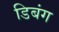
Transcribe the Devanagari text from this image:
डिबंग